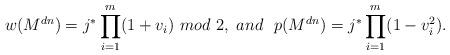
LaTeX: \begin{align*} w(M^{dn})={j^*}\prod _{i=1}^{m}(1+v_i) \ mod\ 2, \ and\ \ p(M^{dn})={j^*}\prod _{i=1}^{m}(1-v_i^2) . \end{align*}